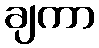
ချကာ